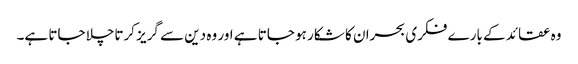
وہ عقائد کے بارے فکری بحران کا شکار ہو جاتا ہے اور وہ دین سے گریز کرتاچلا جاتا ہے۔